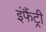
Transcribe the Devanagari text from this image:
इंफैंट्री